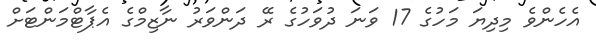
އެހެންވެ މިދިޔަ މަހުގެ 17 ވަނަ ދުވަހުގެ ރޭ ދަންވަރު ނާޒިމްގެ އެޕާޓްމަންޓަށް